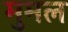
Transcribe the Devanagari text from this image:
मुमल